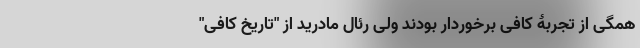
همگی از تجربۀ کافی برخوردار بودند ولی رئال مادرید از "تاریخ کافی"